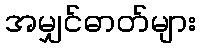
အမျှင်ဓာတ်များ